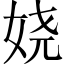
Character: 娆